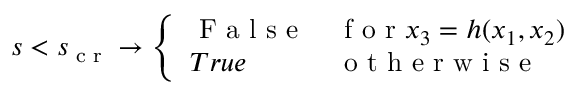
s < s _ { \textup { c r } } \rightarrow \left\{ \begin{array} { l l } { \textup { F a l s e } } & { \textup { f o r } x _ { 3 } = h ( x _ { 1 } , x _ { 2 } ) } \\ { T r u e } & { \textup { o t h e r w i s e } } \end{array} \right.